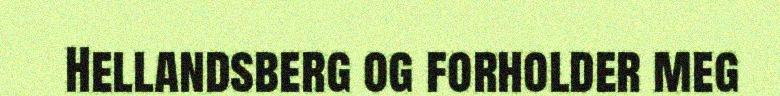
Hellandsberg og forholder meg